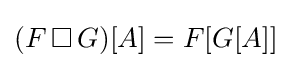
(F\,\Box \,G)[A]=F[G[A]]